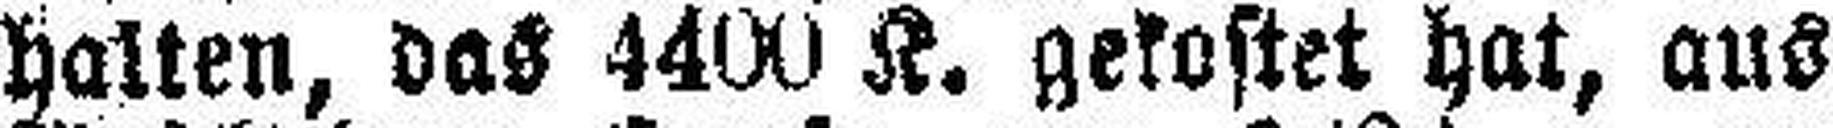
halten, das 4400 K. gekostet hat, aus